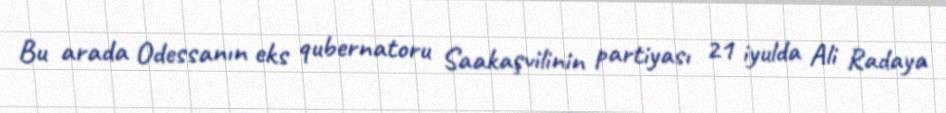
Bu arada Odessanın eks qubernatoru Saakaşvilinin partiyası 21 iyulda Ali Radaya